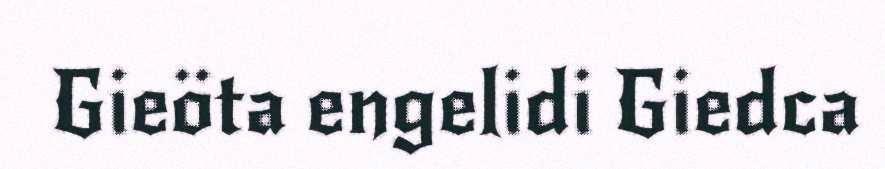
Gieöta engelidi Giedca